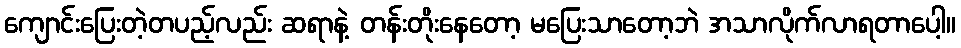
ကျောင်းပြေးတဲ့တပည့်လည်း ဆရာနဲ့ တန်းတိုးနေတော့ မပြေးသာတော့ဘဲ အသာလိုက်လာရတာပေါ့။